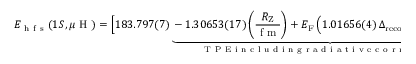
E _ { \mathrm { ~ h ~ f ~ s ~ } } ( 1 S , \mu \mathrm { ~ H ~ } ) = \Big [ 1 8 3 . 7 9 7 ( 7 ) \underbrace { - 1 . 3 0 6 5 3 ( 1 7 ) \left( \frac { R _ { \mathrm { Z } } } { \mathrm { ~ f ~ m ~ } } \right) + E _ { \mathrm { F } } \, \Big ( 1 . 0 1 6 5 6 ( 4 ) \, \Delta _ { \mathrm { r e c o i l } } + 1 . 0 0 4 0 2 \, \Delta _ { \mathrm { p o l . } } \Big ) } _ { \mathrm { ~ T ~ P ~ E ~ i ~ n ~ c ~ l ~ u ~ d ~ i ~ n ~ g ~ r ~ a ~ d ~ i ~ a ~ t ~ i ~ v ~ e ~ c ~ o ~ r ~ r ~ e ~ c ~ t ~ i ~ o ~ n ~ s ~ } } \Big ] \, \mathrm { ~ m ~ e ~ V ~ } ,